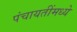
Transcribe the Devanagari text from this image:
पंचायतींमध्ये